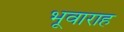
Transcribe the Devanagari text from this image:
भूवाराह